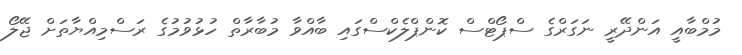
މުމްބާއީ އަންދޭރީ ނަގަރްގެ ސްޕޯޓްސް ކޮންޕްލެކްސްގައި ބާއްވާ މުބާރާތް ހުޅުވުމުގެ ރަސްމިއްޔާތަށް ޖޭލޯ